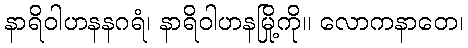
နာရိဝါဟနနဂရံ၊ နာရိဝါဟနမြို့ကို။ လောကနာတေ၊